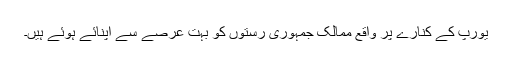
یورپ کے کنارے پر واقع ممالک جمہوری رستوں کو بہت عرصے سے اپنائے ہوئے ہیں۔